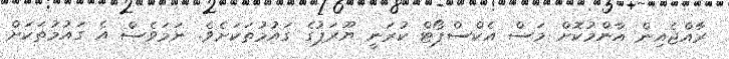
ރާއްޖެއިން އާންމުކޮށް މަސް އެކްސްޕޯޓް ކުރަނީ ޔޫރަޕުގެ ގައުމުތަކަށެވެ. ނަމަވެސް އެ ގައުމުތަކަށް